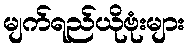
မျက်ရည်ယိုဗုံးများ